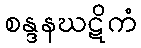
စန္ဒနဃဋိကံ